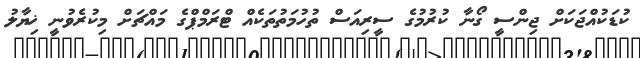
ކުޑަކުއްޖަކަށް ޖިންސީ ގޯނާ ކުރުމުގެ ސީރިއަސް ތުހުމަތުތަކެއް ޓްރަމްޕްގެ މައްޗަށް މިކުރެވުނީ ޚިޔާލު